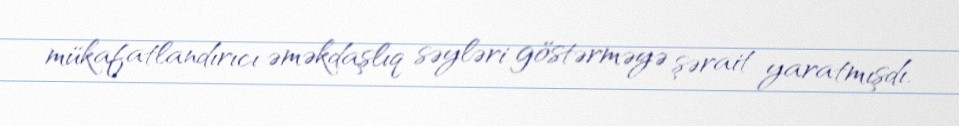
mükafatlandırıcı əməkdaşlıq səyləri göstərməyə şərait yaratmışdı.